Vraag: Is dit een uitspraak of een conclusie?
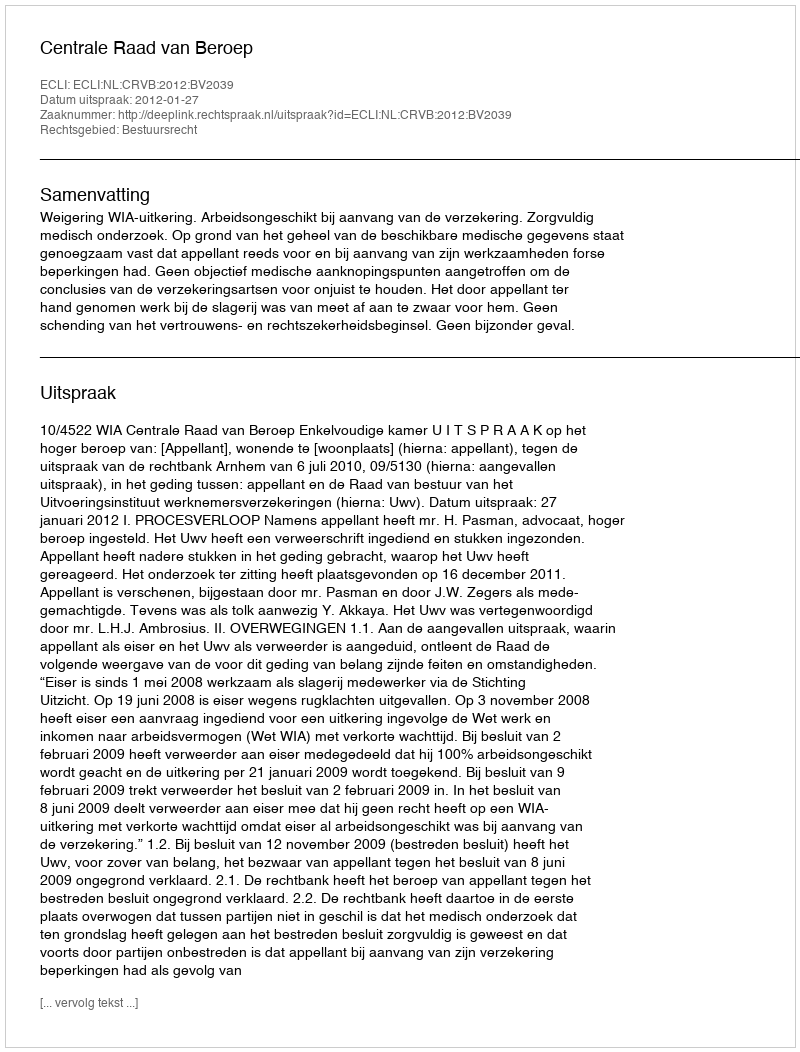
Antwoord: Uitspraak